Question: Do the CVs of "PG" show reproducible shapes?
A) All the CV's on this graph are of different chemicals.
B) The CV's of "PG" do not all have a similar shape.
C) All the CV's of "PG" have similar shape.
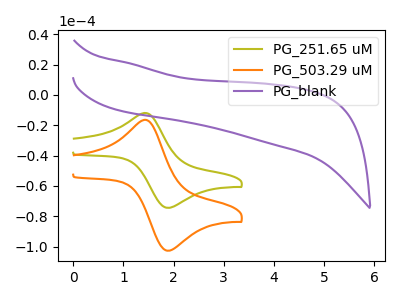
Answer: <think>The olive curve "PG_251.65 uM" has an anodic peak at (1.50V, -12.15uA) and a cathodic peak at (1.90V, -74.40uA). The orange curve "PG_503.29 uM" has an anodic peak at (1.50V, -16.75uA) and a cathodic peak at (1.90V, -102.60uA). The purple curve "PG_blank" has no peaks.
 All the peaks in "PG_251.65 uM" have a peak in "PG_503.29 uM" at the same potential. "PG_251.65 uM" and "PG_blank" have a different number of peaks. "PG_503.29 uM" and "PG_blank" have a different number of peaks.</think>
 <answer>C) All the CV's of "PG" have similar shape.</answer>
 <eval>C</eval>